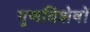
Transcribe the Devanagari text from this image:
गुणविशेषों